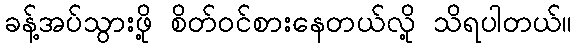
ခန့်အပ်သွားဖို့ စိတ်ဝင်စားနေတယ်လို့ သိရပါတယ်။